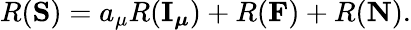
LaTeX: R({\mathbf S})=a_{\mu}R({\mathbf I_{\boldsymbol\mu}})+R({\mathbf F})+R({\mathbf N}).